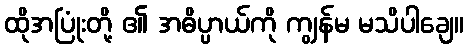
ထိုအပြုံးတို့ ၏ အဓိပ္ပာယ်ကို ကျွန်မ မသိပါချေ။